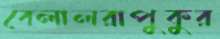
বেলালরাপুকুর